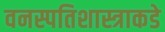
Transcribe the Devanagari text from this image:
वनस्पतिशास्त्राकडे